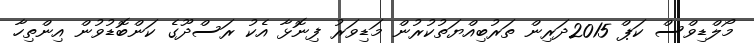
މޯލްޑިވްސް ކަޕް 2015ދަރިން ތަރުބިއްޔަތުކުރުން މަޑިވަރު ފިނޮޅާ އެކު ރަސްދޫގެ ކަންބޮޑުވުން އިންތިހާ